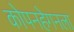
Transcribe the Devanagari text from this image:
कोपनहेगनला